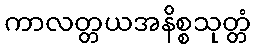
ကာလတ္တယအနိစ္စသုတ္တံ